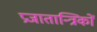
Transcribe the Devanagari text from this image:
प्रजातान्त्रिकों